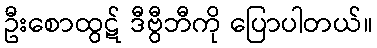
ဦးစောထွဋ် ဒီဗွီဘီကို ပြောပါတယ်။